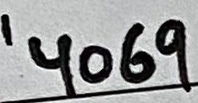
Text: '4069